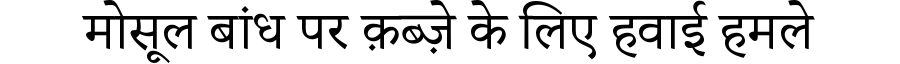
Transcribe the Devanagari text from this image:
मोसूल बांध पर क़ब्ज़े के लिए हवाई हमले